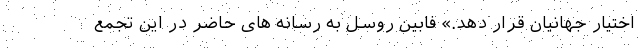
اختیار جهانیان قرار دهد.» فابین روسل به رسانه های حاضر در این تجمع